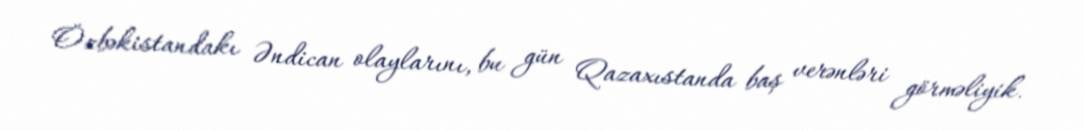
Özbəkistandakı Əndican olaylarını, bu gün Qazaxıstanda baş verənləri görməliyik.